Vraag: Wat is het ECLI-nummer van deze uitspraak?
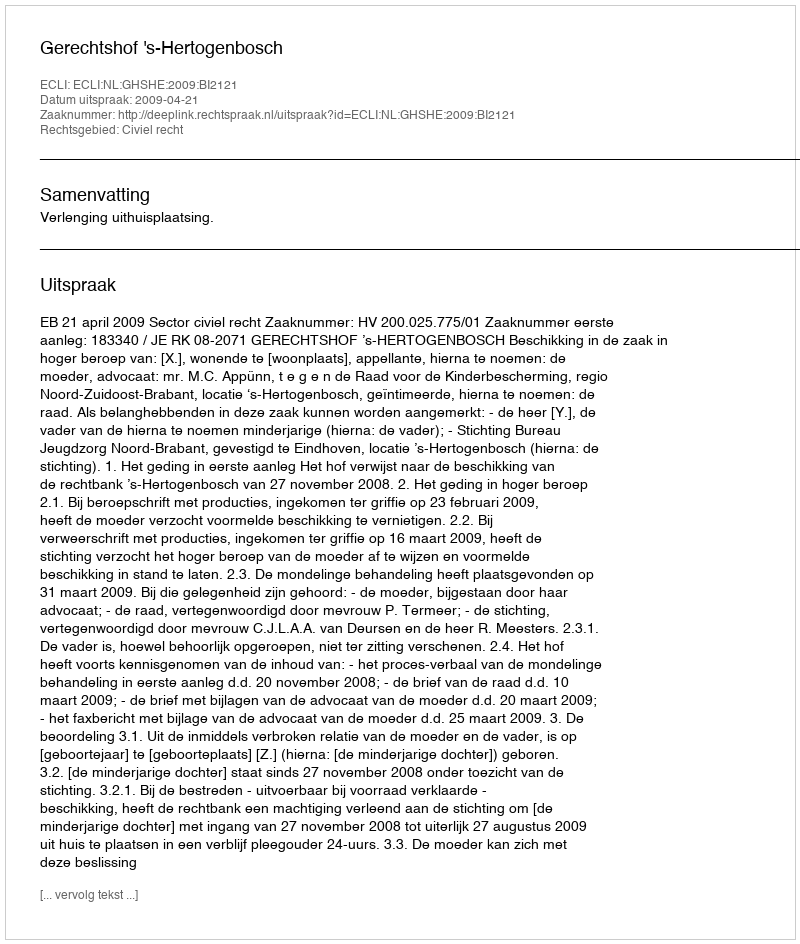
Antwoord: ECLI:NL:GHSHE:2009:BI2121